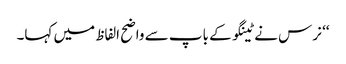
‘‘ نرس نے ٹینگو کے باپ سے واضح الفاظ میں کہا۔